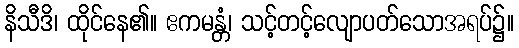
နိသီဒိ၊ ထိုင်နေ၏။ ဧကမန္တံ၊ သင့်တင့်လျောပတ်သောအရပ်၌။